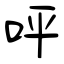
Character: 呯